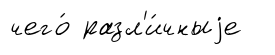
чего́ разл'и́чныjе